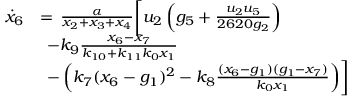
\begin{array} { r l } { \Dot { x } _ { 6 } } & { = \, \frac { \alpha } { x _ { 2 } + x _ { 3 } + x _ { 4 } } \biggl [ u _ { 2 } \left( g _ { 5 } + \frac { u _ { 2 } u _ { 5 } } { 2 6 2 0 g _ { 2 } } \right) } \\ & { \, \; - k _ { 9 } \frac { x _ { 6 } - x _ { 7 } } { k _ { 1 0 } + k _ { 1 1 } k _ { 0 } x _ { 1 } } } \\ & { \, \; - \left( k _ { 7 } ( x _ { 6 } - g _ { 1 } ) ^ { 2 } - k _ { 8 } \frac { ( x _ { 6 } - g _ { 1 } ) ( g _ { 1 } - x _ { 7 } ) } { k _ { 0 } x _ { 1 } } \right) \biggr ] } \end{array}